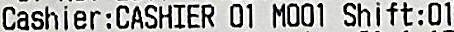
CASHIER:CASHIER 01 M001 SHIFT:01